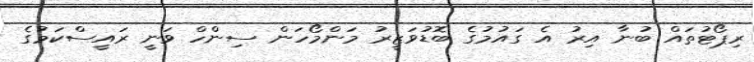
ރިޕޯޓުތައް ބުނާ އިރު އެ ގައުމުގެ ބޮޑުވަޒީރު މަންމޯހަން ސިންހް ވަނީ ރައީސްކަމުގެ